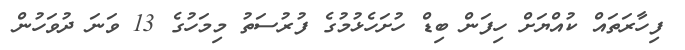
ފިހާރަތައް ކުއްޔަށް ހިފަން ބިޑް ހުށަހެޅުމުގެ ފުރުސަތު މިމަހުގެ 13 ވަނަ ދުވަހުން